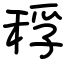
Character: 稃